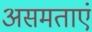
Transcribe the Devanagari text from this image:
असमताएं